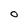
Character: O